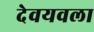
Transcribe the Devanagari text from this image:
देवयवला